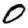
Digit: 0